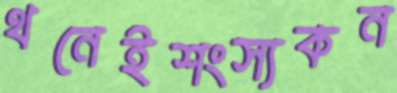
থনেইশংস্যকন